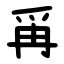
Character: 爯